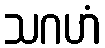
သဂဟံ